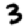
Digit: 3